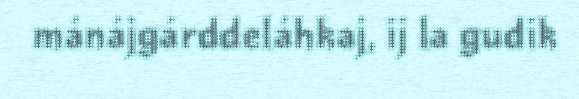
mánájgárddeláhkaj, ij la gudik